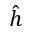
\hat { h }